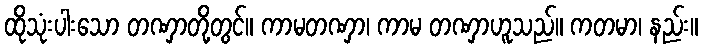
ထိုသုံးပါးသော တဏှာတို့တွင်။ ကာမတဏှာ၊ ကာမ တဏှာဟူသည်။ ကတမာ၊ နည်း။